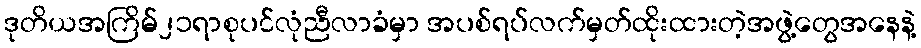
ဒုတိယအကြိမ်၂၁ရာစုပင်လုံညီလာခံမှာ အပစ်ရပ်လက်မှတ်ထိုးထားတဲ့အဖွဲ့တွေအနေနဲ့